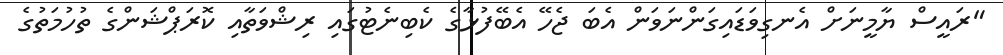
"ރައީސް ޔާމީނަށް އެނގިވަޑައިގަންނަވަން އެބަ ޖެހޭ އެބޭފުޅާގެ ކެބިނެޓުގައި ރިޝްވަތާއި ކޮރަޕްޝަންގެ ތުހުމަތުގެ